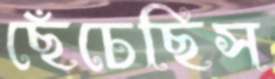
ছেঁচেছিস